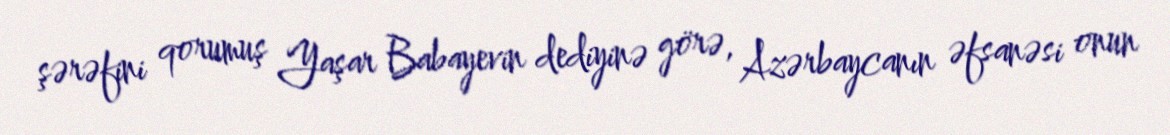
şərəfini qorumuş Yaşar Babayevin dediyinə görə, Azərbaycanın əfsanəsi onun